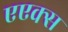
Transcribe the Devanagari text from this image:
एएक्स